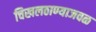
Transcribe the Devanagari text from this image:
चिखलठाण्याजवळ